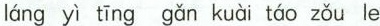
láng yì tīng gǎn kuài táo zǒu le